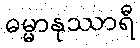
ဓမ္မာနုဿာရီ